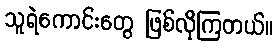
သူရဲကောင်းတွေ ဖြစ်လိုကြတယ်။